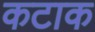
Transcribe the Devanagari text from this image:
कटाक